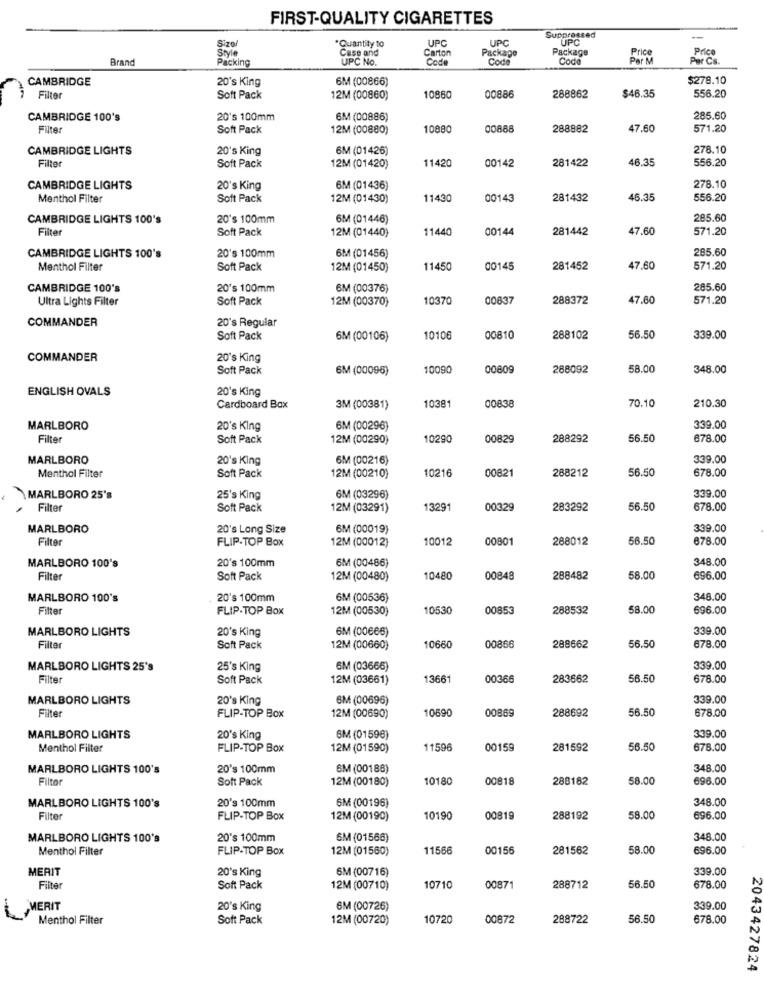
FIRST-QUALITY CIGARETTES
Size/
UPC
UPC
Suppressed
ÚPC
Style
*Quantity to
Carton
Package
Package
Price
Brand
Packing
Case and
UPC No.
Code
Codo
Code
Per Cs.
CAMBRIDGE
20's King
6M (00866)
$278.10
$46.35
556.20
Filter
Soft Pack
12M (00860)
10860
00886
288862
CAMBRIDGE 100's
20's 100mm
6M (00886)
285.60
Filte
Soft Pack
12M (00880)
10880
00888
288882
47.60
571.20
CAMBRIDGE LIGHTS
20's King
6M (01426)
278.10
Filter
00142
281422
46.35
556.20
Soft Pack
12M (01420)
11420
CAMBRIDGE LIGHTS
20's King
6M (01436)
278.10
Menthol Filter
Soft Pack
12M (01430)
11430
00143
281432
46.35
556.20
CAMBRIDGE LIGHTS 100's
20's 100mm
6M (01446)
285.60
Filter
Soft Pack
11440
00144
281442
47,60
571.20
12M (01440)
285.60
CAMBRIDGE LIGHTS 100's
20's 100mm
6M (01456)
Menthol Filter
Soft Pack
12M (01450)
11450
00145
281452
47.60
571.20
CAMBRIDGE 100's
20's 100mm
6M (00376)
285.60
Ultra Lights Filter
Soft Pack
12M (00370)
10370
00837
288372
47.60
571.20
COMMANDER
20's Regular
Soft Pack
6M (00106)
10106
00810
288102
56.50
339.00
COMMANDER
20's King
Soft Pack
6M (00096)
10090
00809
268092
58.00
348.00
ENGLISH OVALS
20's King
00838
70.10
210.30
Cardboard Box
3M (00381)
10381
MARLBORO
20's King
6M (00296)
339.00
Filter
Soft Pack
12M (00290)
10290
00829
288292
56.50
678.00
MARLBORO
20's King
6M (00216)
339.00
10216
00821
288212
56.50
678.00
Menthol Filter
Soft Pack
12M (00210)
MARLBORO 25's
25's King
6M (03296)
339.00
Filter
Soft Pack
12M (03291)
13291
00329
283292
56.50
678.00
MARLBORO
20's Long Size
6M (00019)
339.00
Filter
12M (00012)
10012
00801
288012
56.50
678.00
FLIP-TOP Box
MARLBORO 100's
20's 100mm
6M (00486)
348.00
Filter
Soft Pack
12M (00480)
10480
00848
288482
58.00
696.00
MARLBORO 100's
20's 100mm
6M (00536)
348.00
Filter
FLIP-TOP Box
12M (00530)
10530
00853
288532
58.00
696.00
MARLBORO LIGHTS
20's King
6M (00666)
339.00
Filter
Soft Pack
12M (00660)
10660
00866
288662
56.50
678.00
MARLBORO LIGHTS 25's
25's King
6M (03666)
339.00
Filter
Soft Pack
12M (03661)
13661
00366
283662
56.50
678.00
MARLBORO LIGHTS
20's King
6M (00696)
339.00
Filter
10690
00869
288692
56.50
678.00
FLIP-TOP Box
12M (00690)
MARLBORO LIGHTS
20's King
6M (01596)
339.00
Menthol Filter
FLIP-TOP Box
12M (01590)
11596
00159
281592
56.50
678.00
MARLBORO LIGHTS 100's
20's 100mm
SM (00186)
348.00
Filto
Soft Pack
12M (00180)
10180
00818
288182
58.00
696.00
20's 100mm
SM (00196)
348.00
MARLBORO LIGHTS 100's
Filte
FLIP-TOP Box
12M (00190)
10190
00819
288192
58.00
696.00
MARLBORO LIGHTS 100's
20's 100mm
6M (01566)
348.00
Menthol Filter
FLIP-TOP Box
12M (01560)
11566
00156
281562
58.00
696.00
MERIT
20's King
6M (00716)
339.00
56.50
Filter
Soft Pack
12M (00710)
10710
0087
288712
678.00
MERIT
20's King
6M (00726)
339.00
Menthol Filter
Soft Pack
12M (00720)
10720
00872
288722
56.50
678.00
2043427824